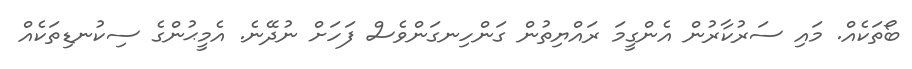
ބޯތަކެއް. މައި ސަރުކާރުން އެންގީމަ ރައްޔިތުން ގަންހިނގަންވެސް ފަހަށް ނުދޭނެ. އެމީޙުންގެ ސިކުނޑިތަކެއް